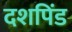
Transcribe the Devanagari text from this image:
दशपिंड